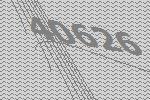
40626